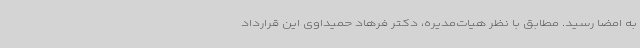
به امضا رسید. مطابق با نظر هیات‌مدیره، دکتر فرهاد حمیداوی این قرارداد